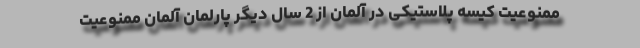
ممنوعیت کیسه‌ پلاستیکی در آلمان از 2 سال دیگر پارلمان آلمان ممنوعیت